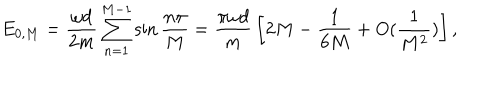
E _ { 0 , M } = { \frac { \omega d } { 2 m } } \sum _ { n = 1 } ^ { M - 1 } \sin { \frac { n \pi } { M } } = { \frac { \pi \omega d } { m } } \left[ { 2 } M - { \frac { 1 } { 6 M } } + O ( { \frac { 1 } { M ^ { 2 } } } ) \right] ,